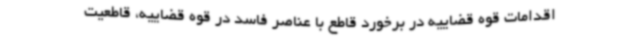
اقدامات قوه قضاییه در برخورد قاطع با عناصر فاسد در قوه قضاییه، قاطعیت